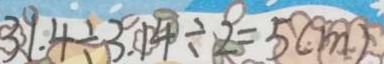
3 1 . 4 \div 3 . 1 4 \div 2 = 5 ( m )